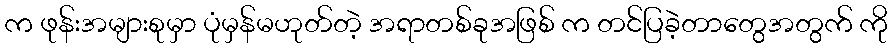
က ဖုန်းအများစုမှာ ပုံမှန်မဟုတ်တဲ့ အရာတစ်ခုအဖြစ် က တင်ပြခဲ့တာတွေအတွက် ကို